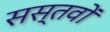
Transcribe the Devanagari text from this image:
सस्तवों